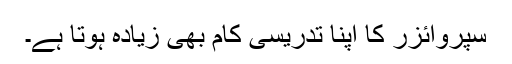
سپروائزر کا اپنا تدریسی کام بھی زیادہ ہوتا ہے۔